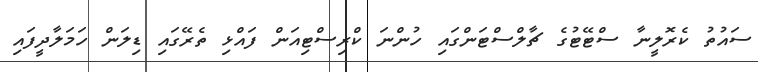
ސައުތު ކެރޮލީނާ ސްޓޭޓުގެ ޗާލްސްޓަންގައި ހުންނަ ކްރިސްޓިއަން ފައްޅި ތެރޭގައި ޑިލަން ހަމަލާދީފައި